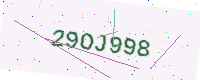
Text: 29OJ998